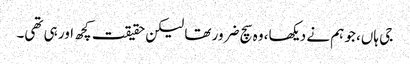
جی ہاں، جو ہم نے دیکھا، وہ سچ ضرور تھا لیکن حقیقت کچھ اور ہی تھی۔